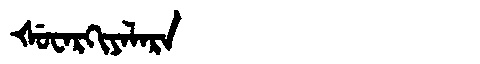
Manchu: ᡧᡠᠸᠠᡵᡴᡳᠶᠠᠯᠠᡵᠠ
Romanization: ŠUWARKIYALARA